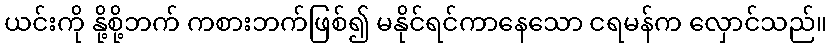
ယင်းကို နို့စို့ဘက် ကစားဘက်ဖြစ်၍ မနိုင်ရင်ကာနေသော ငရမန်က လှောင်သည်။